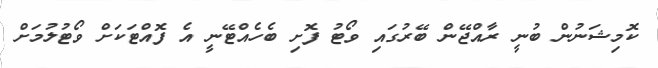
ކޮމިޝަނުން ބުނީ ރާއްޖޭން ބޭރުގައި ވޯޓު ފޮށި ބެހެއްޓޭނީ އެ ފޮއްޓަކަށް ވޯޓުލުމަށް